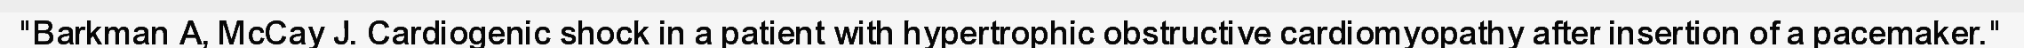
"Barkman A, McCay J. Cardiogenic shock in a patient with hypertrophic obstructive cardiomyopathy after insertion of a pacemaker."